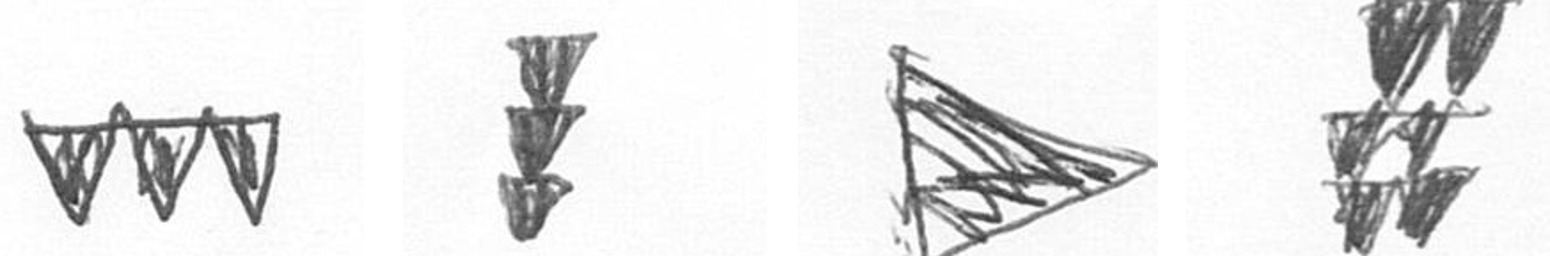
L E T Y